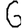
Digit: 6